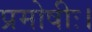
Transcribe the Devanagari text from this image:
प्रमोषीः।